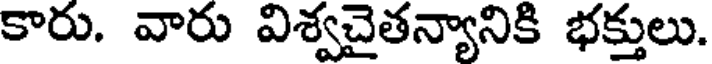
కారు. వారు విశ్వచైతన్యానికి భక్తులు.